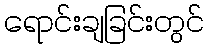
ရောင်းချခြင်းတွင်